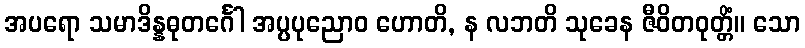
အပရော သမာဒိန္နဓုတင်္ဂေါ အပ္ပပုညောဝ ဟောတိ, န လဘတိ သုခေန ဇီဝိတဝုတ္တိံ။ သော